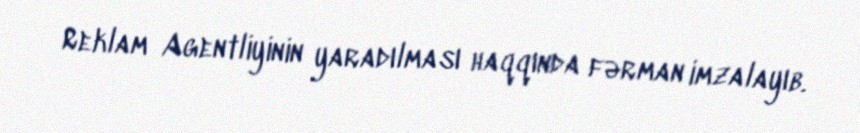
Reklam Agentliyinin yaradılması haqqında fərman imzalayıb.